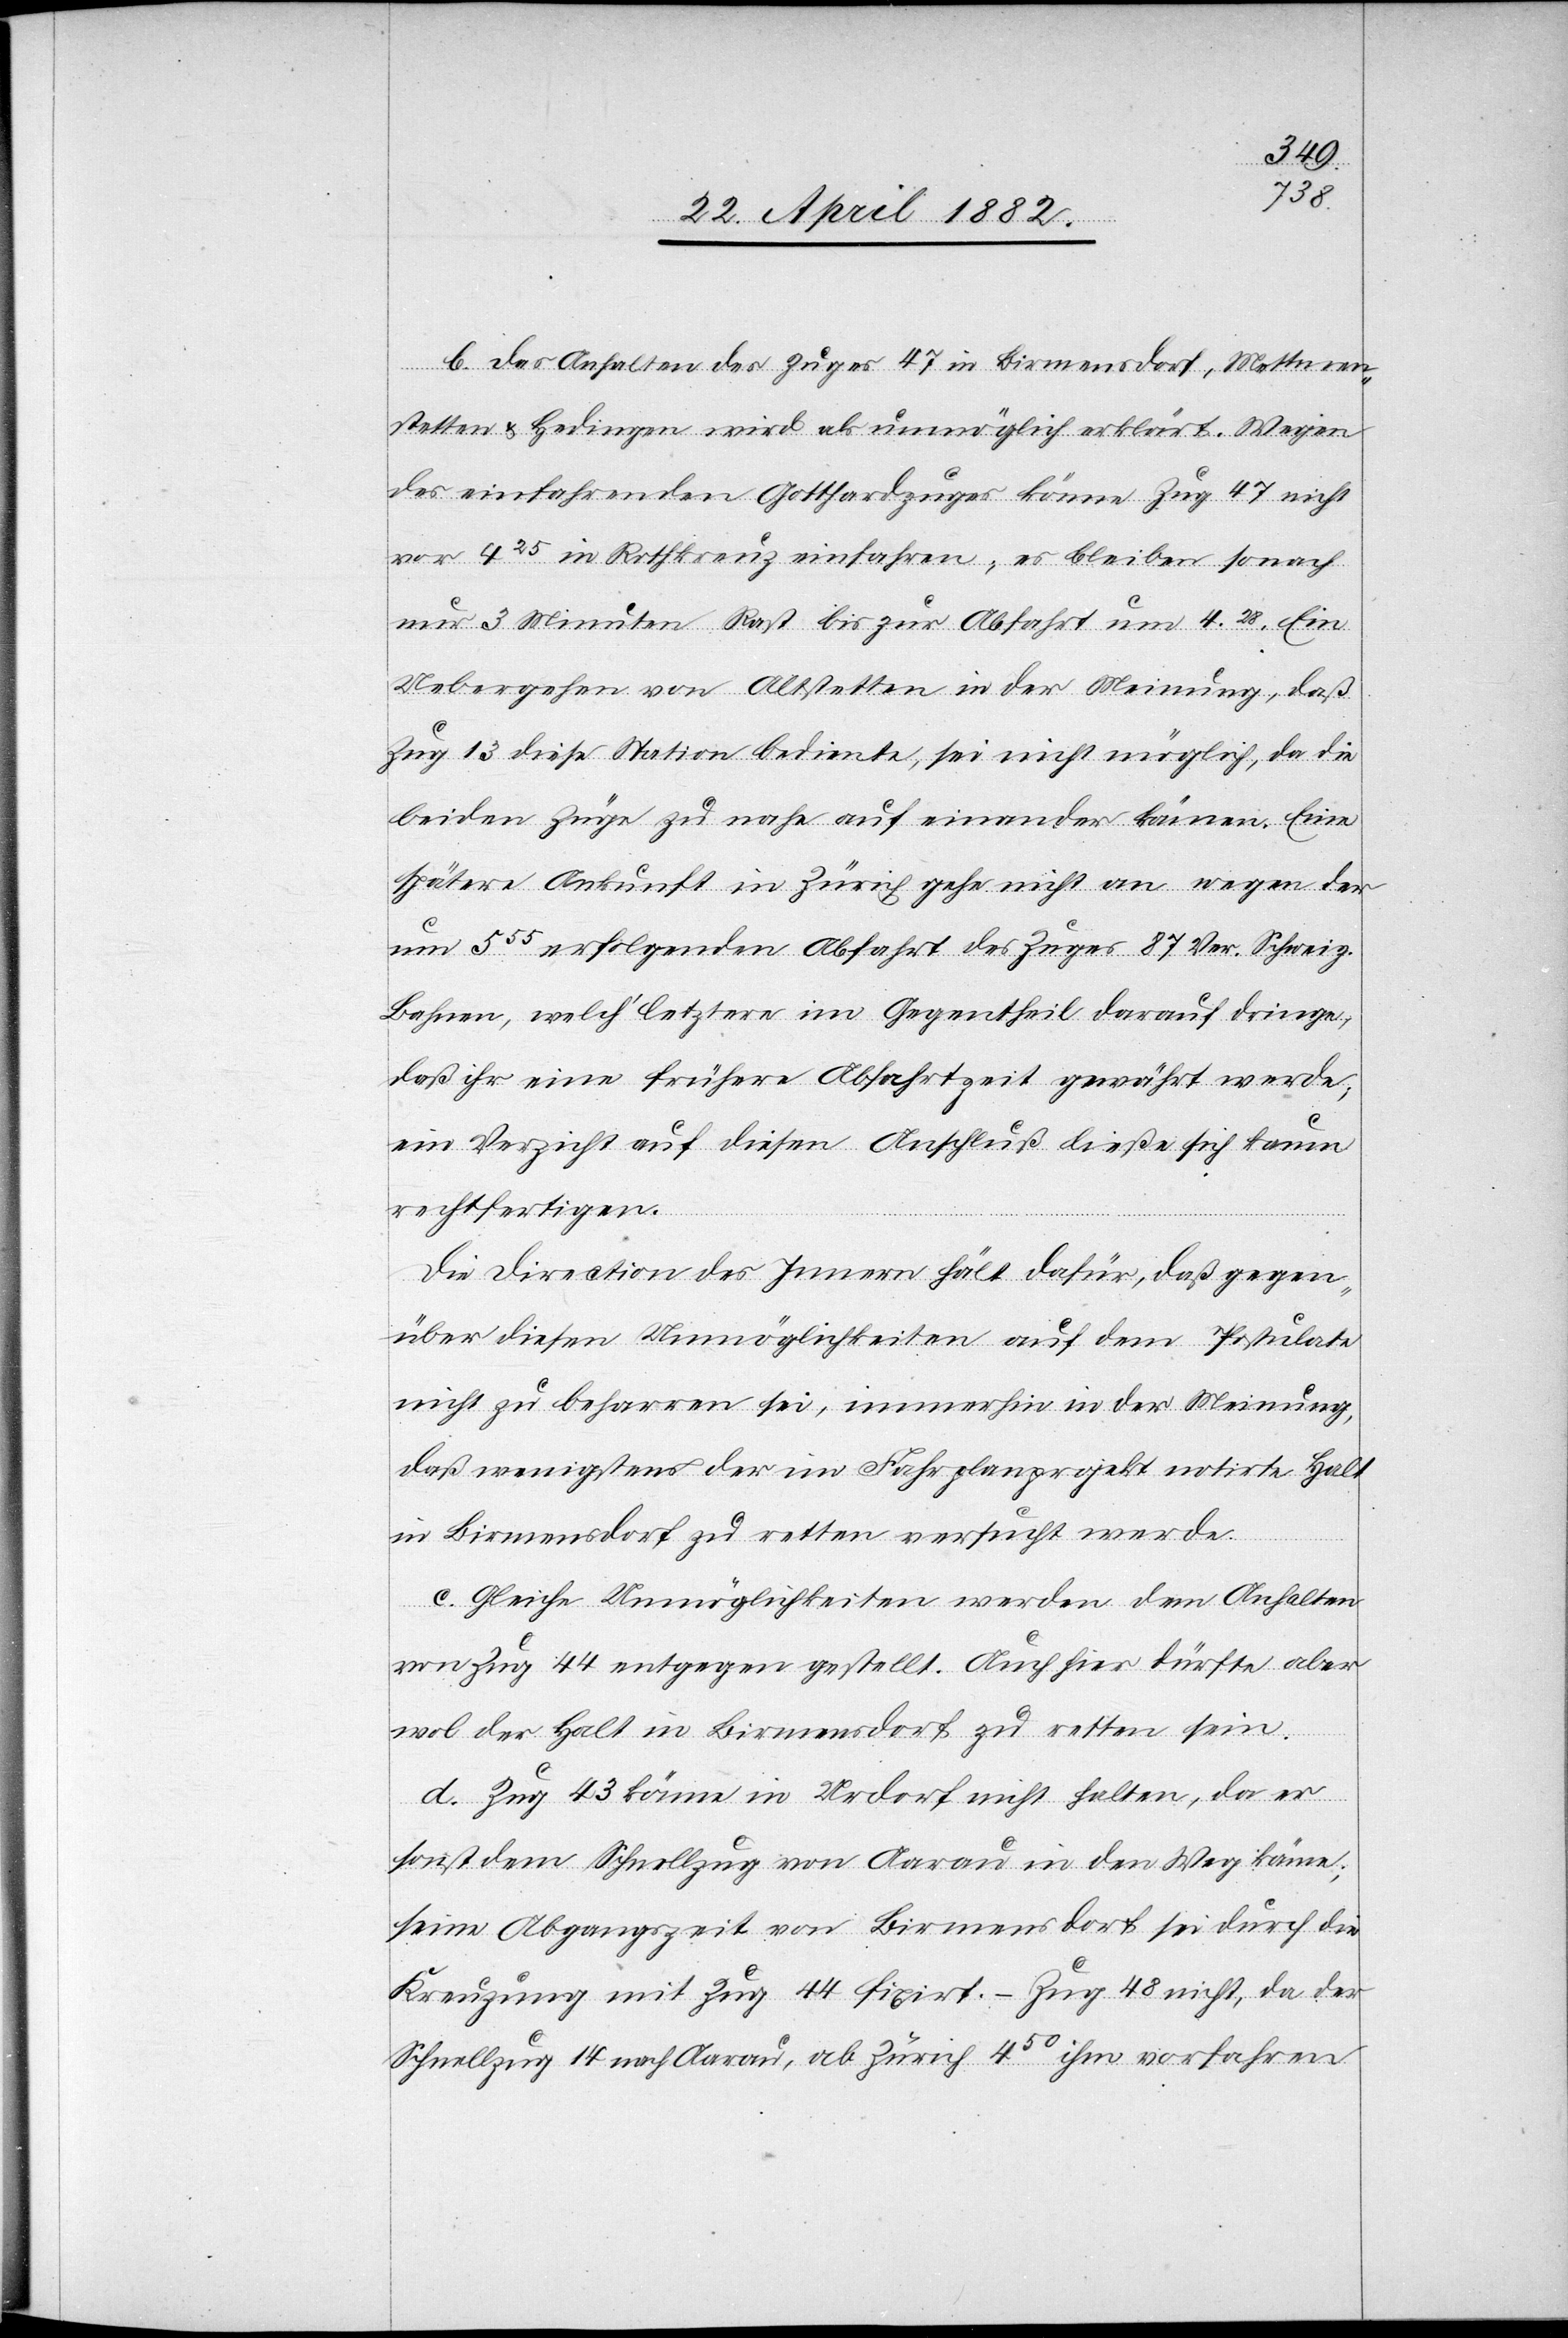
b. Das Anhalten des Zuges 47 in Birmensdorf, Mettmen¬
stetten & Hedingen wird als unmöglich erklärt. Wegen
des einfahrenden Gotthardzuges könne Zug 47 nicht
vor 425 in Rothkreuz einfahren; es blieben sonach
nur 3 Minuten Rast bis zur Abfahrt um 428. Ein
Uebergehen von Altstetten in der Meinung, daß
Zug 13 diese Station bediente, sei nicht möglich, da die
beiden Züge zu nahe auf einander kämen. Eine
spätere Ankunft in Zürich gehe nicht an wegen der
um 555 erfolgenden Abfahrt des Zuges 87 Ver. Schweiz.
Bahnen, welch’ letztere im Gegentheil darauf dringe,
daß ihr eine frühere Abfahrtzeit gewährt werde;
ein Verzicht auf diesen Anschluß ließe sich kaum
rechtfertigen.
Die Direction des Innern hält dafür, daß gegen¬
über diesen Unmöglichkeiten auf dem Postulate
nicht zu beharren sei, immerhin in der Meinung,
daß wenigstens der im Fahrplanprojekt notirte Halt
in Birmensdorf zu retten ersucht werde.
c. Gleiche Unmöglichkeiten werden dem Anhalten
von Zug 44 entgegen gestellt. Auch hier dürfte aber
wol der Halt in Birmensdorf zu retten sein.
d. Zug 43 könne in Urdorf nicht halten, da er
sonst dem Schnellzug von Aarau in den Weg käme:
seine Abgangszeit von Birmensdorf sei durch die
Kreuzung mit Zug 44 fixirt. – Zug 48 nicht, da der
Schnellzug 14 nach Aarau, ab Zürich 450 ihm vorfahren